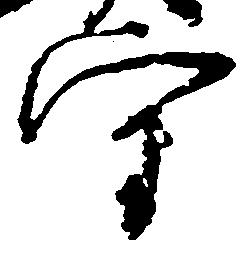
守